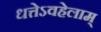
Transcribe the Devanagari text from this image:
धत्तेऽवहेलाम्